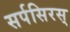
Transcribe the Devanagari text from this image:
सर्पसिरस्